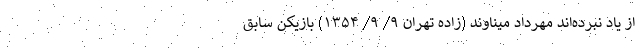
از ياد نبرده‌اند مهرداد میناوند (زاده تهران ۹/ ۹/ ۱۳۵۴) بازیکن سابق